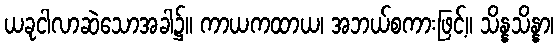
ယခုငါလာဆဲသောအခါ၌။ ကာယကထာယ၊ အဘယ်စကားဖြင့်။ သိန္နသိန္နာ၊